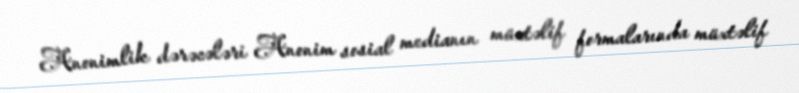
Anonimlik dərəcələri Anonim sosial medianın müxtəlif formalarında müxtəlif